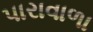
પારાવાળા